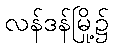
လန်ဒန်မြို့၌